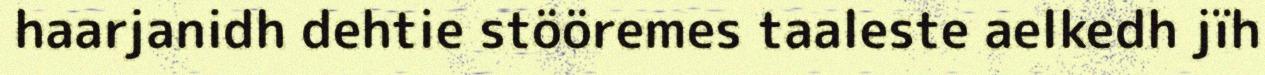
haarjanidh dehtie stööremes taaleste aelkedh jïh